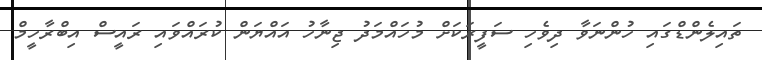
ތައިލެންޑްގައި ހުންނަވާ ދިވެހި ސަފީރަކަށް މުހައްމަދު ޖިނާހު އައްޔަން ކުރައްވައި ރައީސް އިބްރާހީމް